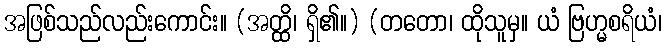
အဖြစ်သည်လည်းကောင်း။ (အတ္ထိ၊ ရှိ၏။) (တတော၊ ထိုသူမှ။ ယံ ဗြဟ္မစရိယံ၊